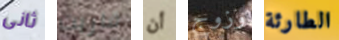
ثانى قاربت أن وزوج الطارئة